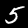
Label: 5